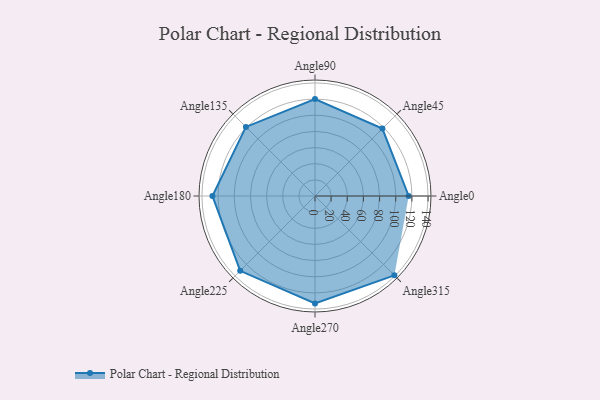
{"axis": {"x": "Angle", "y": "Radius"}, "legend": [""], "data": [{"x": "Angle0", "y": 116.0, "type": ""}, {"x": "Angle45", "y": 118.0, "type": ""}, {"x": "Angle90", "y": 120.0, "type": ""}, {"x": "Angle135", "y": 121.0, "type": ""}, {"x": "Angle180", "y": 127.0, "type": ""}, {"x": "Angle225", "y": 131.0, "type": ""}, {"x": "Angle270", "y": 133.0, "type": ""}, {"x": "Angle315", "y": 139.0, "type": ""}]}